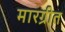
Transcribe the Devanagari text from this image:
मारग्रीत